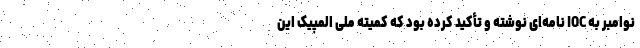
نوامبر به IOC نامه‌ای نوشته و تأکید کرده بود که کمیته ملی المپیک این